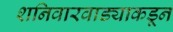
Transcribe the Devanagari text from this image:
शनिवारवाड्याकडून